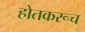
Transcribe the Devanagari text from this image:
होतकरूच